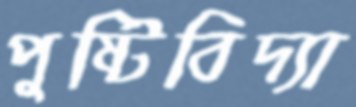
পুষ্টিবিদ্যা